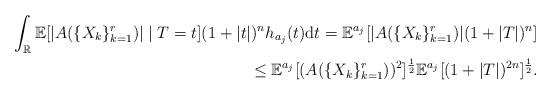
LaTeX: \begin{align*}\int_{\mathbb{R}}\mathbb{E}[|A(\{X_k\}_{k=1}^r)|\mid T=t](1+|t|)^{n} h_{a_j}(t)\mathrm{d}t=\mathbb{E}^{a_j}[|A(\{X_k\}_{k=1}^r)|(1+|T|)^{n}]\\\leq \mathbb{E}^{a_j}[(A(\{X_k\}_{k=1}^r))^2]^\frac{1}{2}\mathbb{E}^{a_j}[(1+|T|)^{2n}]^\frac{1}{2}.\end{align*}